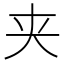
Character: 夹